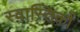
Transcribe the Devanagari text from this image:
स्वास्तिकों